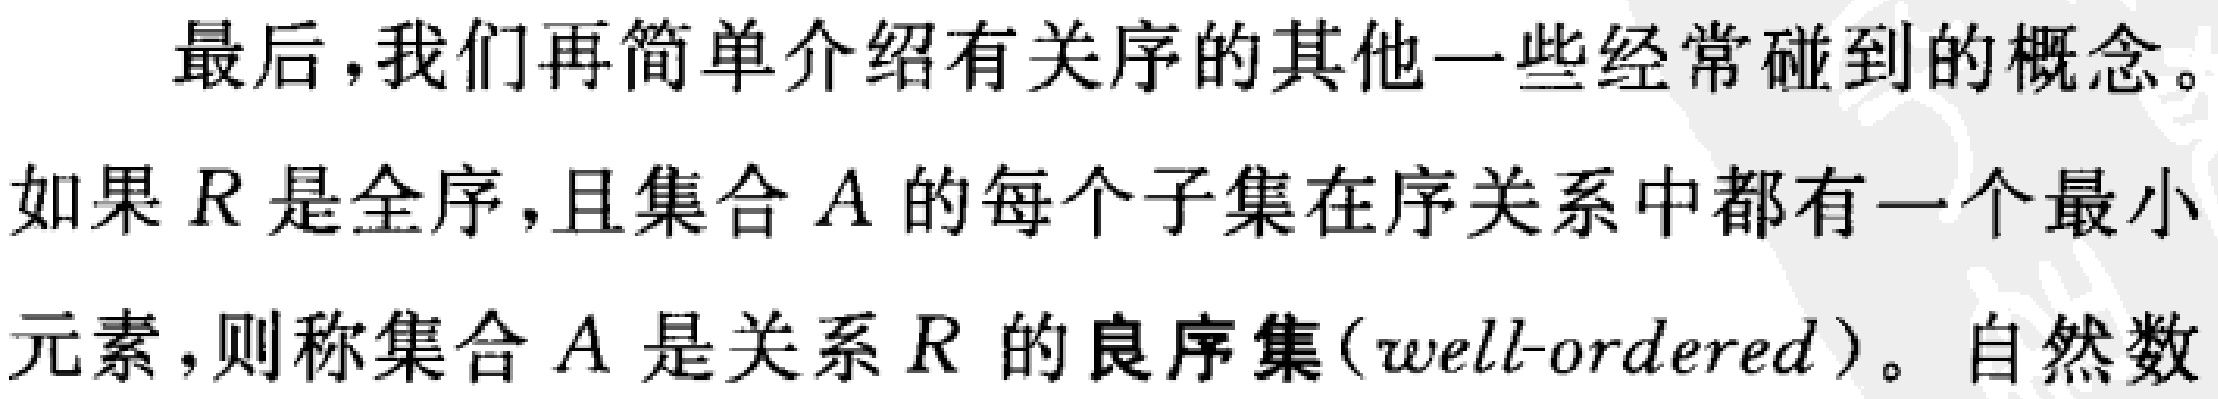
最后，我们再简单介绍有关序的其他一些经常碰到的概念。
如果 \(R\) 是全序，且集合 \(A\) 的每个子集在序关系中都有一个最小
元素，则称集合 \(A\) 是关系 \(R\) 的良序集(well - ordered)。自然数